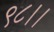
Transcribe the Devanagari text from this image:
९८।।